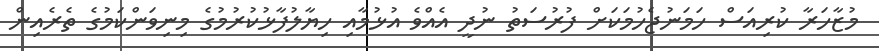
މުޒާހަރާ ކުރިއަސް ހަމަނުޖެހުމަކަށް ފުރުސަތު ނުދީ އެއްވެ އުޅުމާއި ހިޔާލުފާޅުކުރުމުގެ މިނިވަންކަމުގެ ތެރެއިން